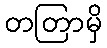
တတြာမှိ